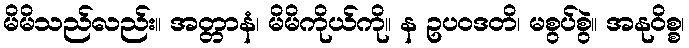
မိမိသည်လည်း။ အတ္တာနံ၊ မိမိကိုယ်ကို။ န ဥပဝဒတိ၊ မစွပ်စွဲ။ အနုဝိစ္စ၊